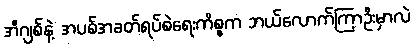
အီဂျစ်နဲ့ အပစ်အခတ်ရပ်စဲရေးကိစ္စက ဘယ်လောက်ကြာဦးမှာလဲ